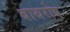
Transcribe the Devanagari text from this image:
बाथरोब